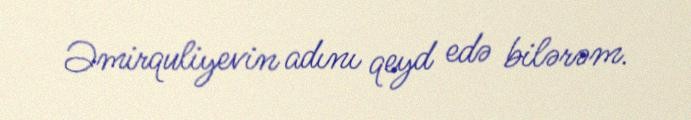
Əmirquliyevin adını qeyd edə bilərəm.